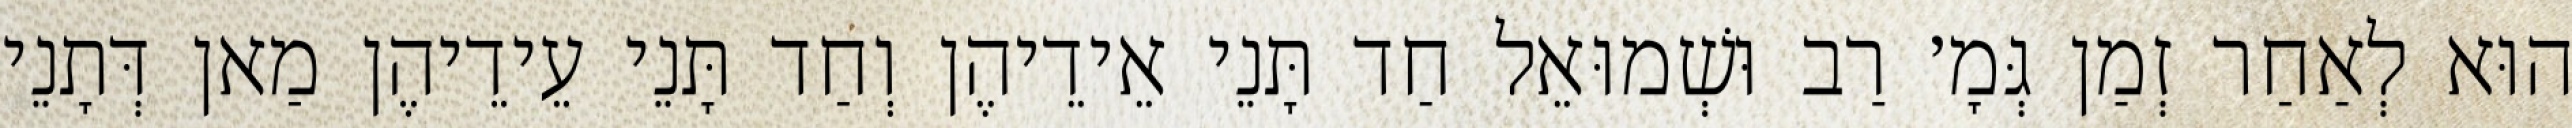
הוּא לְאַחַר זְמַן גְּמָ׳ רַב וּשְׁמוּאֵל חַד תָּנֵי אֵידֵיהֶן וְחַד תָּנֵי עֵידֵיהֶן מַאן דְּתָנֵי